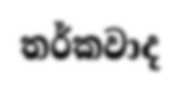
තර්කවාද